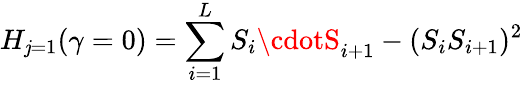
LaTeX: H_{\mathit{j}=1}(\gamma=0)=\sum_{i=1}^{L}S_{i}\cdotS_{i+1}-(S_{i}S_{i+1})^{2}